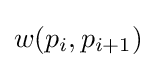
w(p_{i},p_{i+1})